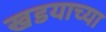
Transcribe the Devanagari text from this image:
खडयाच्या